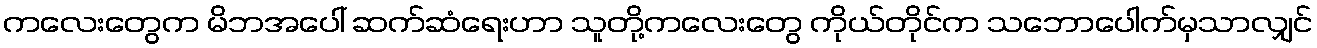
ကလေးတွေက မိဘအပေါ် ဆက်ဆံရေးဟာ သူတို့ကလေးတွေ ကိုယ်တိုင်က သဘောပေါက်မှသာလျှင်